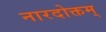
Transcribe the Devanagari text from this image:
नारदोक्तम्